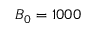
B _ { 0 } = 1 0 0 0